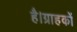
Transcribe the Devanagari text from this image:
है।ग्राहकों